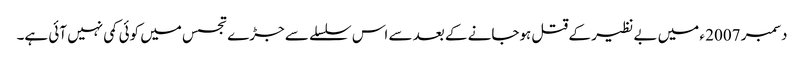
دسمبر 2007 ء میں بے نظیر کے قتل ہوجانے کے بعد سے اس سلسلے سے جڑے تجسس میں کوئی کمی نہیں آئی ہے۔